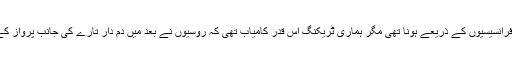
فنلے کہتی ہیں، "تمام خبررسانی فرانسیسیوں کے ذریعے ہونا تھی مگر ہماری ٹریکنگ اس قدر کامیاب تھی کہ روسیوں نے بعد میں دم دار تارے کی جانب پرواز کے لیے ہماری خدمات حاصل کیں۔